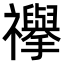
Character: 𮂥